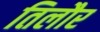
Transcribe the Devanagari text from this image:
तिलौर